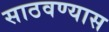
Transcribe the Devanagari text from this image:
साठवण्यास